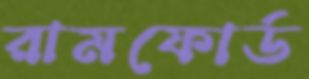
রামফোর্ড